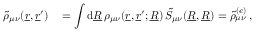
\begin{array} { r l } { \tilde { \rho } _ { \mu \nu } ( \underline { { r } } , \underline { { r } } ^ { \prime } ) \, } & { = \displaystyle \int \mathrm { d } \underline { { R } } \, \rho _ { \mu \nu } ( \underline { { r } } , \underline { { r } } ^ { \prime } ; \underline { { R } } ) \, \tilde { S } _ { \mu \nu } ( \underline { { R } } , \underline { { R } } ) = \tilde { \rho } _ { \mu \nu } ^ { ( e ) } \, , } \end{array}